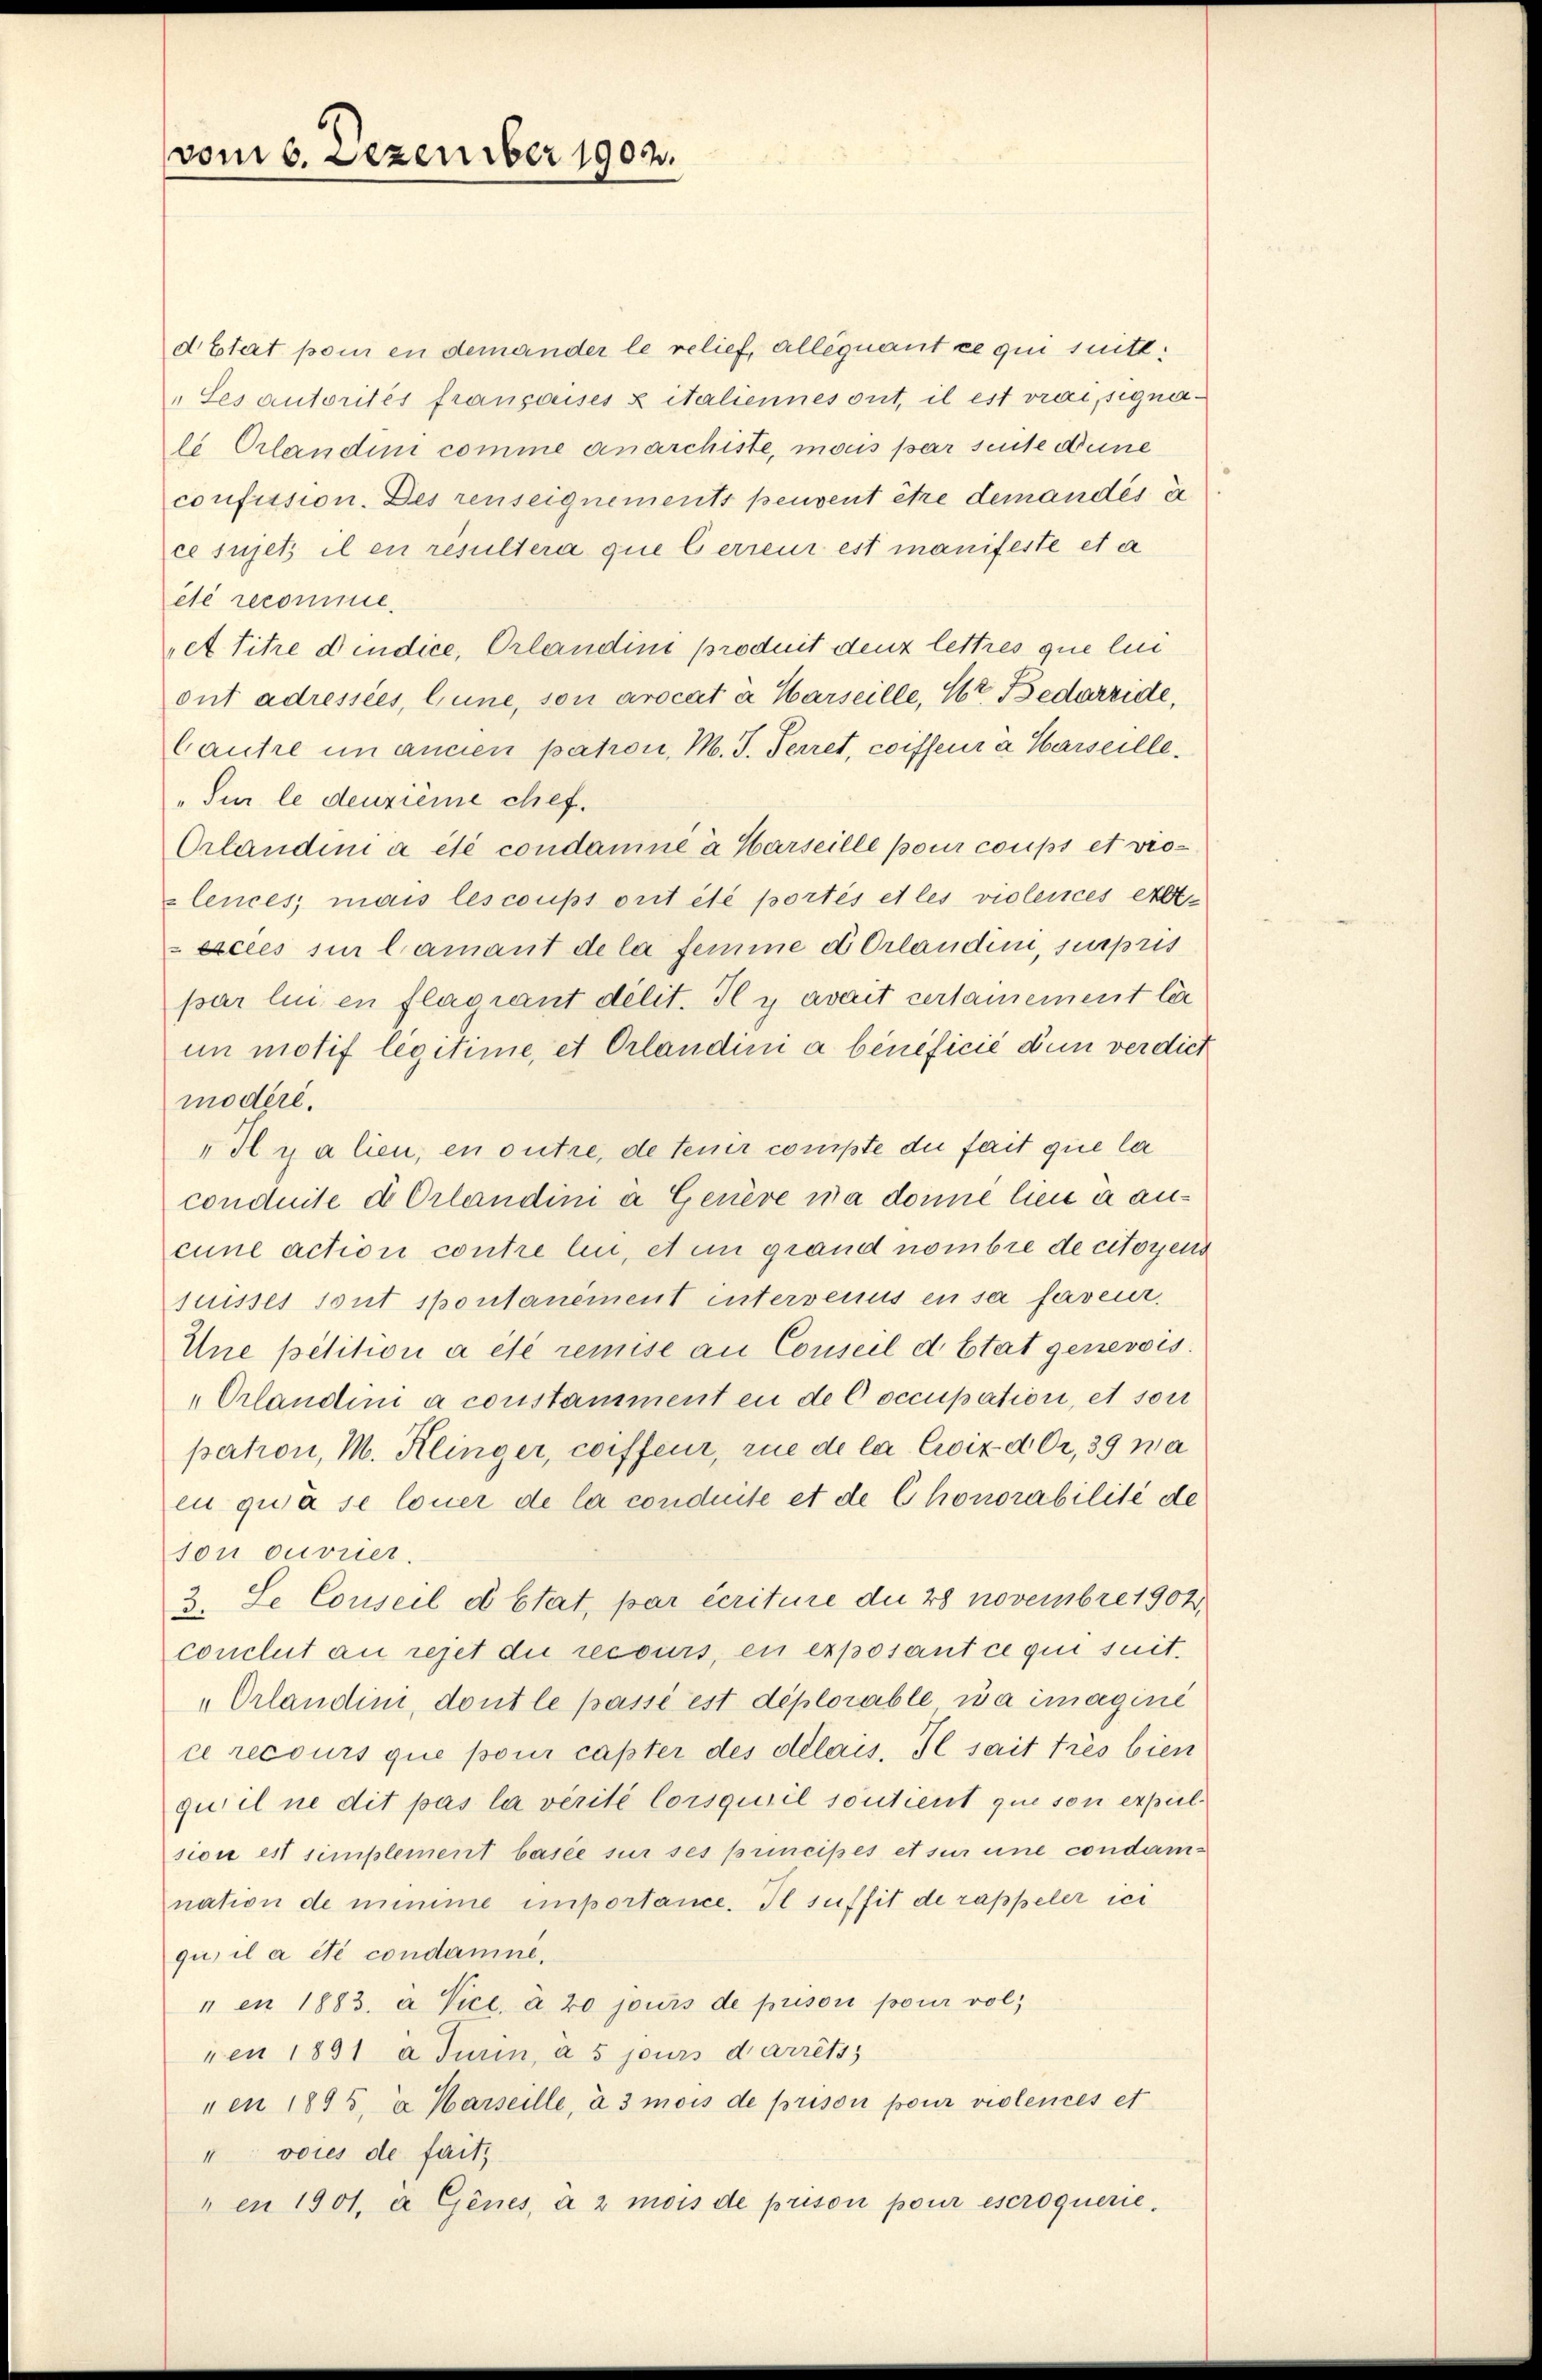
vom 6. Dezember 1903.

d Etat poi en demander le relief, alléquant ce qui suitt:
„Les autorités fransaises & italiennes ont, il est vrai, signale Orlandini comme anarchiste, mais par seite deine
confission. Des renseignements peuvent être demandés in
ce sujets il en resultera que C erreur est manifeste et a
eté recomine.
et titre dindice, Orlandini produit denz lettres que lui
out adressées, liune, son arocat à Harseille, 162. Bedarride,
Cautre in ancien patron, M. J. Ferret, coiffeur à Harseille¬
„Für le deuzième chef.
Orlandini a été condamné à Harseille pour coups et viezlences; mais les coupt orit été portés et les violences erbt.
Excles sie lamant de la femme et Orlandini, supris
par lui en flagrant délit. Il y avait certainement lie
un motif légitime, et Orlandini a beneficie dun verdict
modéré.
"Il y a lien, en outre, de tenir compte die fait que la
conduite d Orlandini a Genève sa donne lieu à ancune action contre lin, et in grand nombre de citoyens
juisses Tout spontanément intervenus en sa faveur,
Une petition a été remise an Conseil d Etat genevois.
„Orlandini a constamment en de Coccupation, et son
perton, M. Klinger, coiffeur, rue de la Civiz der, 39 na
eu qu’à se louer de la conduite et de Chonorabilité de
son ouvrier.
3. Le Conseil et état, par écriture die 28 Novembre 1902
conclut an rejet die recours, en exposant ce qui suit.
„Orlandini, dont le passé est déplorable sa magini
ce recours que pour caster des délais. Il sait très bien
qui il ne dit pas la vérité lorsqu’il soutient que son expel.
sion est simplement basée sur ses principés et sur une condamnation de nimme importance. Il suffit de rappeler ich
qu, il a été condamné,
 en 1883 a Vice. a 20 jours de prisori pour vol
xen 1891 a Turin, à 5 jours d’arrêts
en 1895. a Warseille, à 3 mois de prison pour violences et
" voies de fait,
„en 1901, a Genes, à 2 mois de prison pour escroquerie.